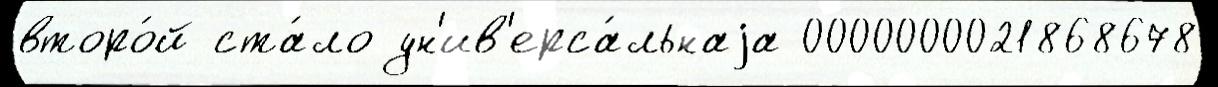
второ́й ста́ло ун'ив'ерса́льнаjа 0000000021868678